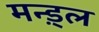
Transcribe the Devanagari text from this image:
मन्ड़्ल